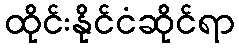
ထိုင်းနိုင်ငံဆိုင်ရာ